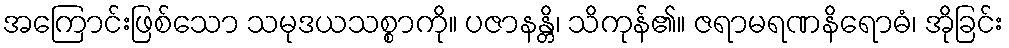
အကြောင်းဖြစ်သော သမုဒယသစ္စာကို။ ပဇာနန္တိ၊ သိကုန်၏။ ဇရာမရဏနိရောဓံ၊ အိုခြင်း